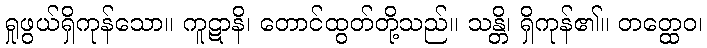
ရှုဖွယ်ရှိကုန်သော။ ကူဋာနိ၊ တောင်ထွတ်တို့သည်။ သန္တိ၊ ရှိကုန်၏။ တတ္ထေဝ၊